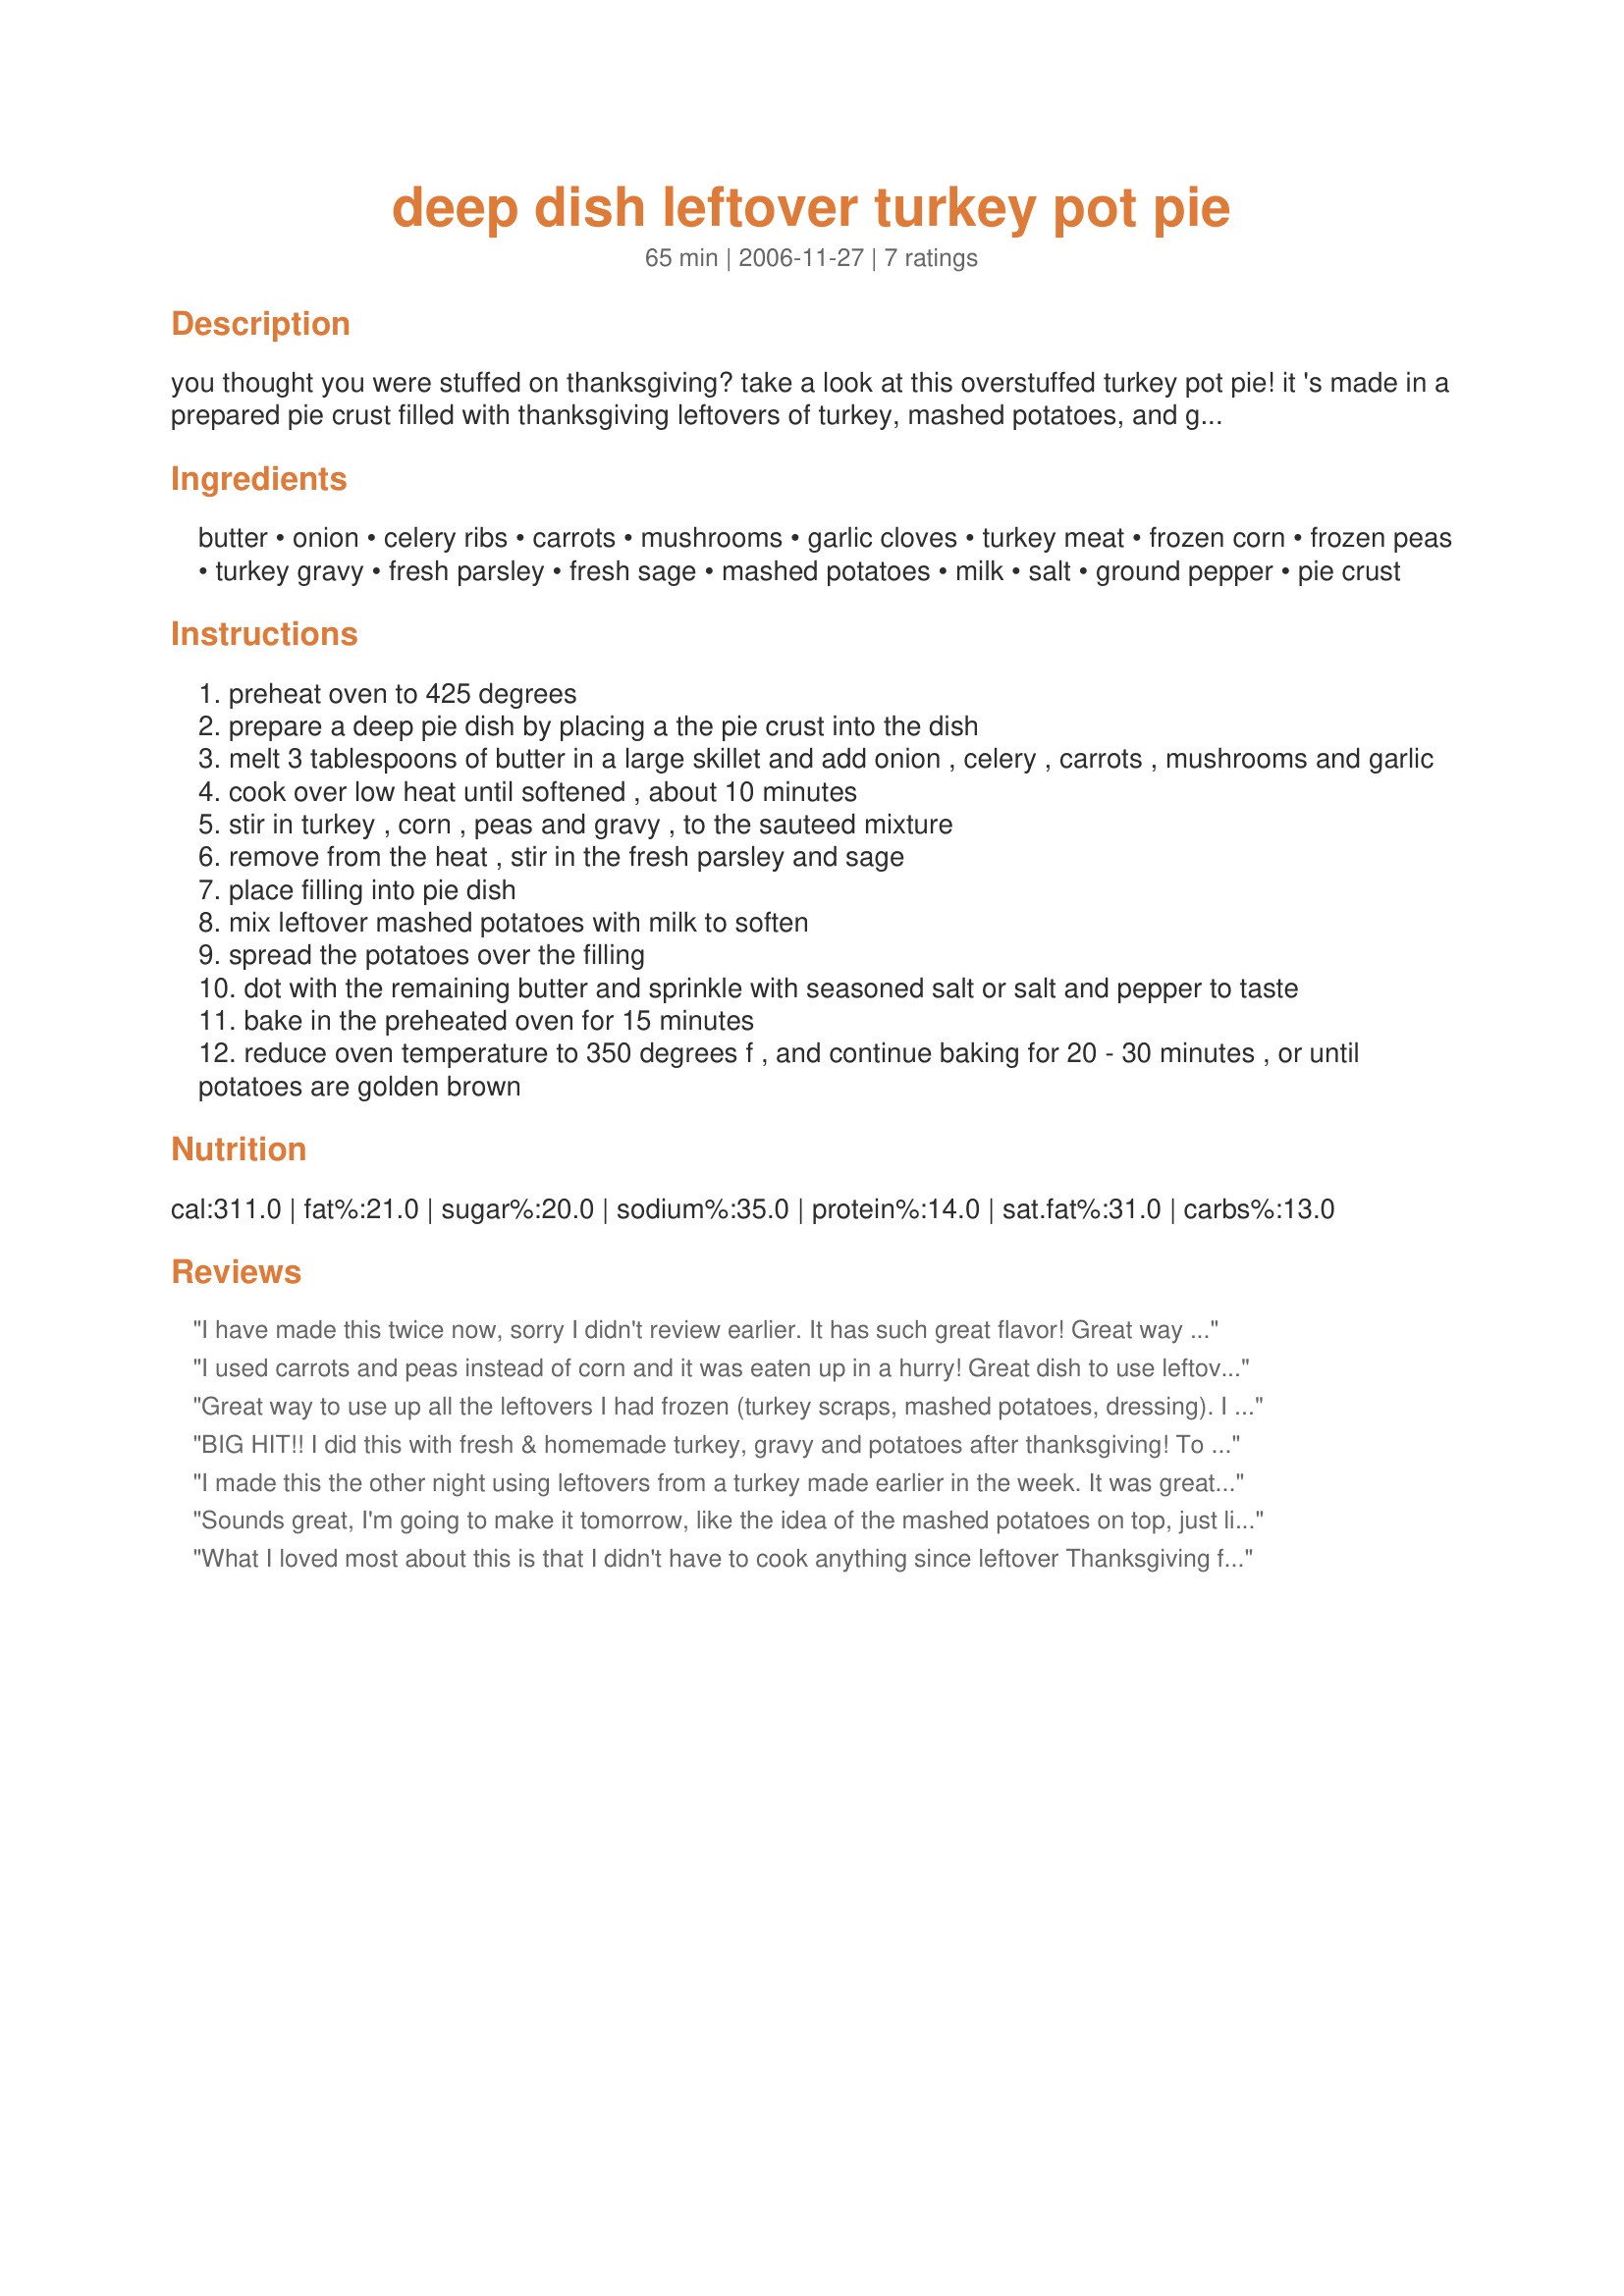
deep dish leftover turkey pot pie
Preparation time: 65 minutes

you thought you were stuffed on thanksgiving? take a look at this overstuffed turkey pot pie! it 's made in a prepared pie crust filled with thanksgiving leftovers of turkey, mashed potatoes, and gravy for ease during the holiday season. i do add more fresh herbs to this even though all was well seasoned when first served, bringing a freshness to the pie.

Ingredients:
butter, onion, celery ribs, carrots, mushrooms, garlic cloves, turkey meat, frozen corn, frozen peas, turkey gravy, fresh parsley, fresh sage, mashed potatoes, milk, salt, ground pepper, pie crust

Steps:
preheat oven to 425 degrees
prepare a deep pie dish by placing a the pie crust into the dish
melt 3 tablespoons of butter in a large skillet and add onion , celery , carrots , mushrooms and garlic
cook over low heat until softened , about 10 minutes
stir in turkey , corn , peas and gravy , to the sauteed mixture
remove from the heat , stir in the fresh parsley and sage
place filling into pie dish
mix leftover mashed potatoes with milk to soften
spread the potatoes over the filling
dot with the remaining butter and sprinkle with seasoned salt or salt and pepper to taste
bake in the preheated oven for 15 minutes
reduce oven temperature to 350 degrees f , and continue baking for 20 - 30 minutes , or until potatoes are golden brown

Reviews:
I have made this twice now, sorry I didn't review earlier. It has such great flavor! Great way to use up leftovers.
I used carrots and peas instead of corn and it was eaten up in a hurry! Great dish to use leftover turkey from Thanksgiving!
Great way to use up all the leftovers I had frozen (turkey scraps, mashed potatoes, dressing). I made this with mashed potatoes on half and leftover dressing on the other half. Both ways were yummy.
BIG HIT!! I did this with fresh & homemade turkey, gravy and potatoes after thanksgiving! To save time, put all the veggies in the food processor rather than chopping. Overall the homemade gravy did the trick! Will definitely make again next yr!.
I made this the other night using leftovers from a turkey made earlier in the week. It was great. A turkey dinner in a pie!!! I'll definitely be making this again.
Sounds great, I'm going to make it tomorrow, like the idea of the mashed potatoes on top, just like sheppard's pie.
What I loved most about this is that I didn't have to cook anything since leftover Thanksgiving food built it. I did need to chop in the vegetables but that was easy. I didn't have time to make up a pie crust so I just used a casserole dish and left that part out. I generously sprinkled paprika onto the potatoes when browning them and it made a gorgeous crispy crust on top. Family loved it.
